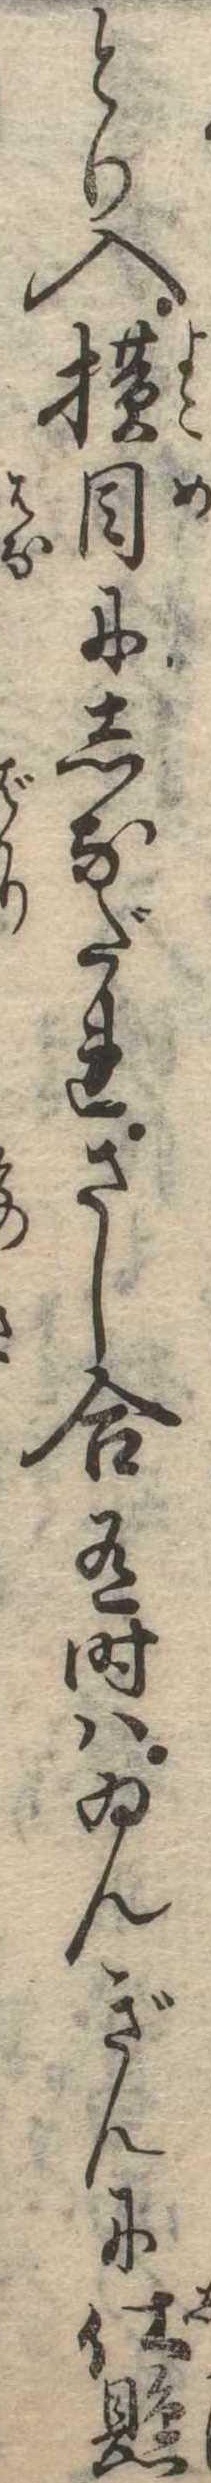
とり入横目にしなだれさし合有時はゐんぎんに仕懸